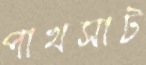
পাখসাট